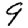
Digit: 9